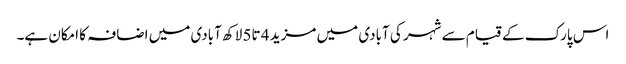
اس پارک کے قیام سے شہر کی آبادی میں مزید 4 تا5 لاکھ آبادی میں اضافہ کا امکان ہے۔